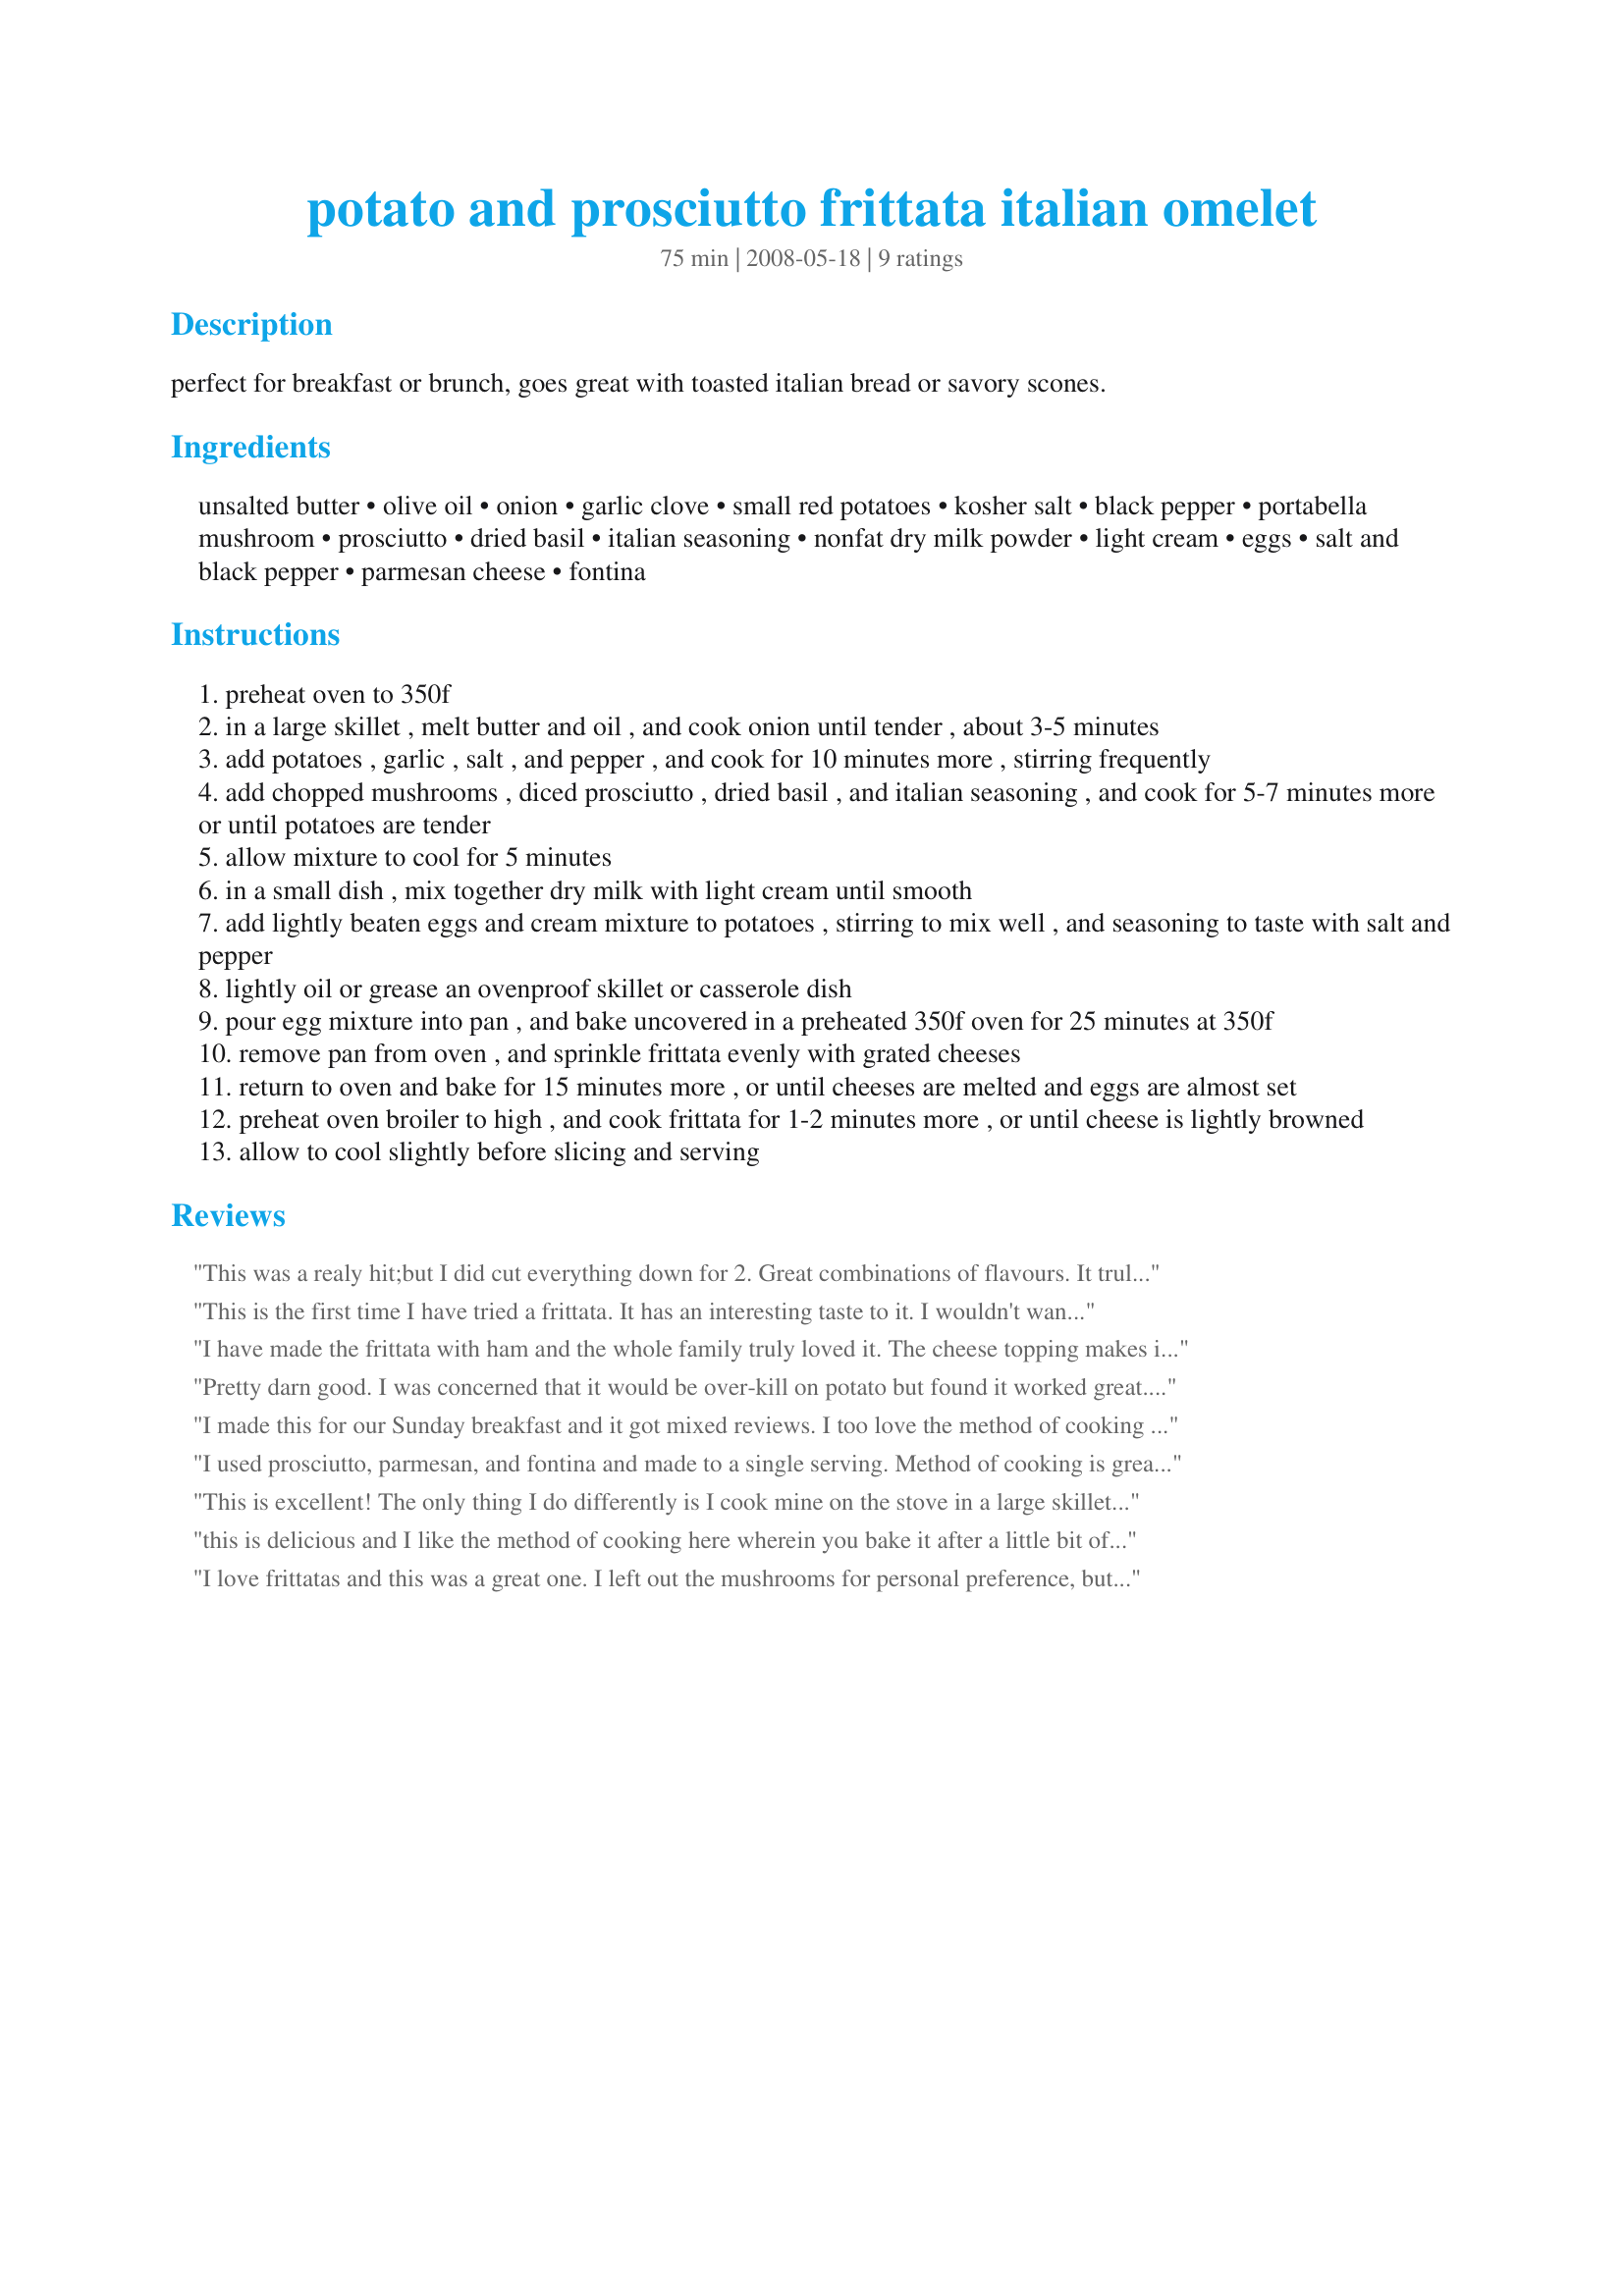
potato and prosciutto frittata italian omelet
Preparation time: 75 minutes

perfect for breakfast or brunch, goes great with toasted italian bread or savory scones.

Ingredients:
unsalted butter, olive oil, onion, garlic clove, small red potatoes, kosher salt, black pepper, portabella mushroom, prosciutto, dried basil, italian seasoning, nonfat dry milk powder, light cream, eggs, salt and black pepper, parmesan cheese, fontina

Steps:
preheat oven to 350f
in a large skillet , melt butter and oil , and cook onion until tender , about 3-5 minutes
add potatoes , garlic , salt , and pepper , and cook for 10 minutes more , stirring frequently
add chopped mushrooms , diced prosciutto , dried basil , and italian seasoning , and cook for 5-7 minutes more or until potatoes are tender
allow mixture to cool for 5 minutes
in a small dish , mix together dry milk with light cream until smooth
add lightly beaten eggs and cream mixture to potatoes , stirring to mix well , and seasoning to taste with salt and pepper
lightly oil or grease an ovenproof skillet or casserole dish
pour egg mixture into pan , and bake uncovered in a preheated 350f oven for 25 minutes at 350f
remove pan from oven , and sprinkle frittata evenly with grated cheeses
return to oven and bake for 15 minutes more , or until cheeses are melted and eggs are almost set
preheat oven broiler to high , and cook frittata for 1-2 minutes more , or until cheese is lightly browned
allow to cool slightly before slicing and serving

Reviews:
This was a realy hit;but I did cut everything down for 2. Great combinations of flavours. It truly is a meal inn a pan.Thanks for posting. I made this for WT4.
Rita
This is the first time I have tried a frittata. It has an interesting taste to it. I wouldn't want it all the time but it would be great for special occasions like when company is over. I used onion powder instead of onions & garlic powder instead of minced garlic. I also left out the mushrooms because no one here likes them. Thanks for posting... Made for ZWT 4
I have made the frittata with ham and the whole family truly loved it. The cheese topping makes it really special. Thanks for posting. Made for ZWT4.
Pretty darn good. I was concerned that it would be over-kill on potato but found it worked great. Only change I made was yogurt for the cream. I didn't find I needed to cook as long as the recipe stated, mine was done in about 10 mins less (could be due to our mountain air). Tasty recipe, thanks for sharing.
I made this for our Sunday breakfast and it got mixed reviews. I too love the method of cooking it this way, in fact I didn't need to flip or anything, I didn't even need to bake as long as stated for baking. Next I would cut the amount of potatoes in half for our tastes. Thanks for post Sue. Made for ZWT 2008.
I used prosciutto, parmesan, and fontina and made to a single serving. Method of cooking is great here but a bit too many potatoes for my personal taste and too long in the oven as it was a bit dried out. Just a few things to watch out for when I make this again. Made for ZWT4
This is excellent! The only thing I do differently is I cook mine on the stove in a large skillet. I tip the pan from side to side and lift the sides with a fork to ease the wet ingredients underneath to cook better without drying. Then I place a large dish over the top of the skillet and turn the pan and dish over and then slide the frittata back into the skillet! I make mine on top of the stove in the warmer months. A trick I learned from my ex's grandmother from Italy. 
Top with the cheese and cover til it melts! 
This is delicious and soooo filling! Great for a brunch!
this is delicious and I like the method of cooking here wherein you bake it after a little bit of stir frying then mixing. That way, it has a nice presentation and doesn't look messy. After the top was done, I inverted and baked the bottom too like how they're done if fried to ensure cooking both sides..(coz noticed it was still a bit wet at the bottom). I used parmesan, prosciutto and mozzarella among the choices given. They're really good!Thanks for posting this!
I love frittatas and this was a great one. I left out the mushrooms for personal preference, but otherwise made exactly as written. The cheese was a little overdone at the end, so I would cut the cooking time down a bit next time. Made for ZWT 4!
